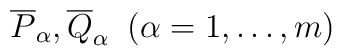
\overline{P}_\alpha,\overline{Q}_\alpha \;\; (\alpha = 1,\dots, m)